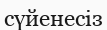
сүйенесіз